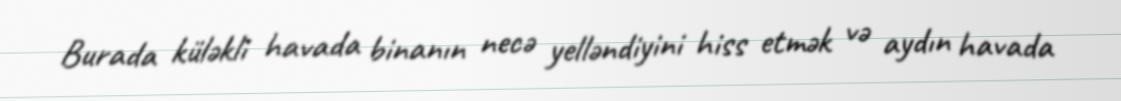
Burada küləkli havada binanın necə yelləndiyini hiss etmək və aydın havada